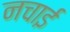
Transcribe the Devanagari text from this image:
नचाई